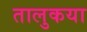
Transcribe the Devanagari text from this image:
तालुकया